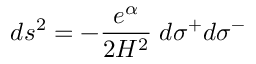
d s ^ { 2 } = - \frac { e ^ { \alpha } } { 2 H ^ { 2 } } \; d \sigma ^ { + } d \sigma ^ { - }